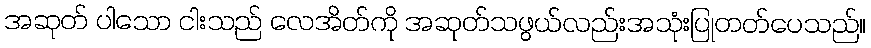
အဆုတ် ပါသော ငါးသည် လေအိတ်ကို အဆုတ်သဖွယ်လည်းအသုံးပြုတတ်ပေသည်။